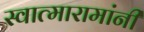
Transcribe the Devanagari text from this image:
स्वात्मारामांनी